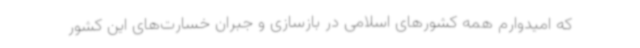
که امیدوارم همه کشورهای اسلامی در بازسازی و جبران خسارت‌های این کشور